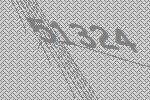
51324